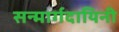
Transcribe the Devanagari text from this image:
सन्मार्गदायिनी